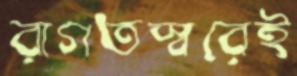
রাগতস্বরেই